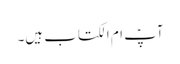
آپؑ ام الکتاب ہیں۔